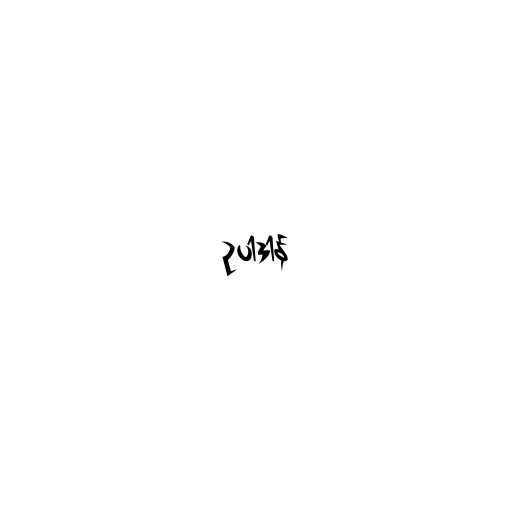
ဥပါဒါန်